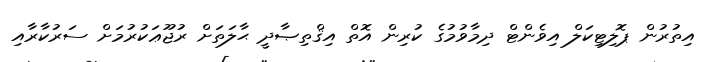
އިތުރުން ޕޮލިޓިކަލް އިވެންޓް ދިމާވުމުގެ ކުރިން އޮތް އިޤްތިޞާދީ ޙާލަތަށް ރުޖޫޢަކުރުމަށް ސަރުކާރާއި